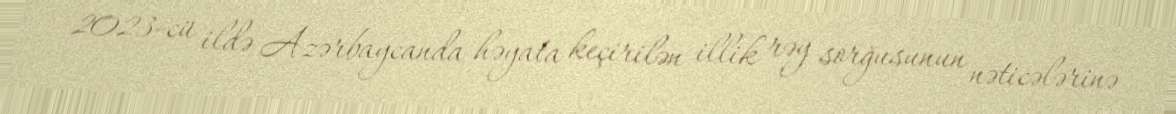
2023-cü ildə Azərbaycanda həyata keçirilən illik rəy sorğusunun nəticələrinə